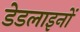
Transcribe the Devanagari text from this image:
डेडलाइनों